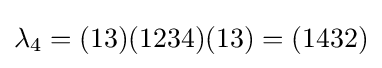
\lambda _{4}=(13)(1234)(13)=(1432)